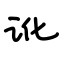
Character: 讹